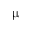
\upmu